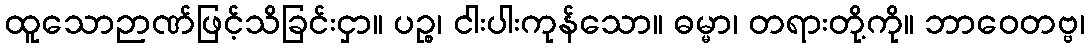
ထူသောဉာဏ်ဖြင့်သိခြင်းငှာ။ ပဉ္စ၊ ငါးပါးကုန်သော။ ဓမ္မာ၊ တရားတို့ကို။ ဘာဝေတဗ္ဗ၊